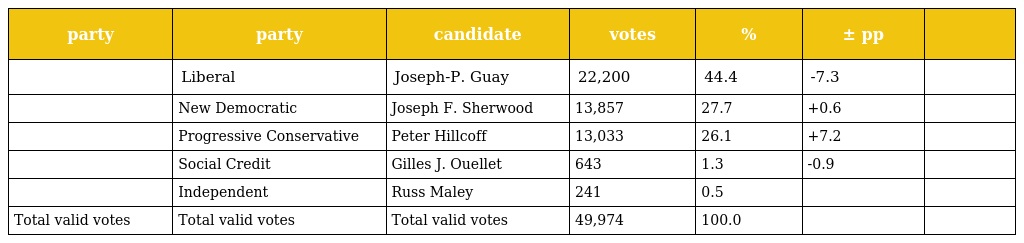
| party | party | candidate | votes | % | ± pp |  |
 | --- | --- | --- | --- | --- | --- | --- |
 |  | Liberal | Joseph-P. Guay | 22,200 | 44.4 | -7.3 |  |
 |  | New Democratic | Joseph F. Sherwood | 13,857 | 27.7 | +0.6 |  |
 |  | Progressive Conservative | Peter Hillcoff | 13,033 | 26.1 | +7.2 |  |
 |  | Social Credit | Gilles J. Ouellet | 643 | 1.3 | -0.9 |  |
 |  | Independent | Russ Maley | 241 | 0.5 |  |  |
 | Total valid votes | Total valid votes | Total valid votes | 49,974 | 100.0 |  |  |